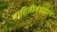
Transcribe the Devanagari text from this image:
माहितीतंत्रज्ञान